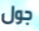
جول